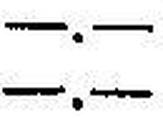
—.—